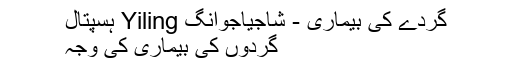
گردے کی بیماری - شاجیاجوانگ Yiling ہسپتال
گردوں کی بیماری کی وجہ